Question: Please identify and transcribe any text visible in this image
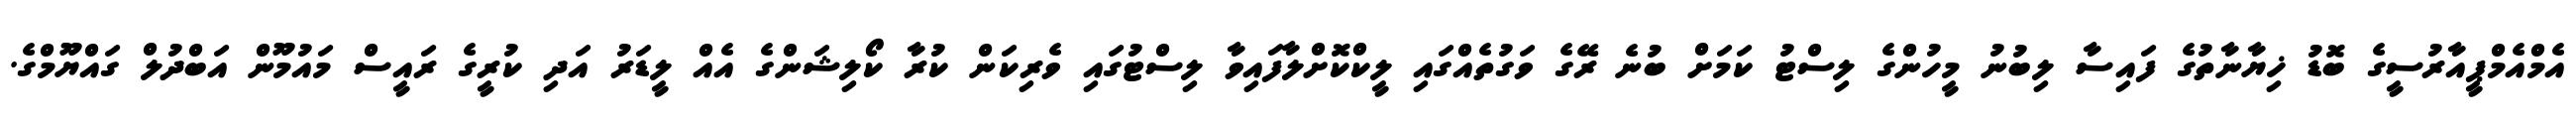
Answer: އެމްއެމްޕީއާރުސީގެ ބޮޑު ޚިޔާނާތުގެ ފައިސާ ލިބުނު މީހުންގެ ލިސްޓު ކަމަށް ބުނެ ރޭގެ ވަގުތެއްގައި ލީކްކޮށްލާފައިވާ ލިސްޓުގައި ވެރިކަން ކުރާ ކޯލިޝަންގެ އެއް ލީޑަރު އަދި ކުރީގެ ރައީސް މައުމޫން އަބްދުލް ގައްޔޫމްގެ.